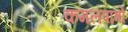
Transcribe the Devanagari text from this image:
कमलपात्रों